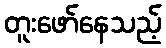
တူးဖော်နေသည့်